Annual statistical returns and brief notes on vaccination in Bengal - 1896-1909
Year: 1896
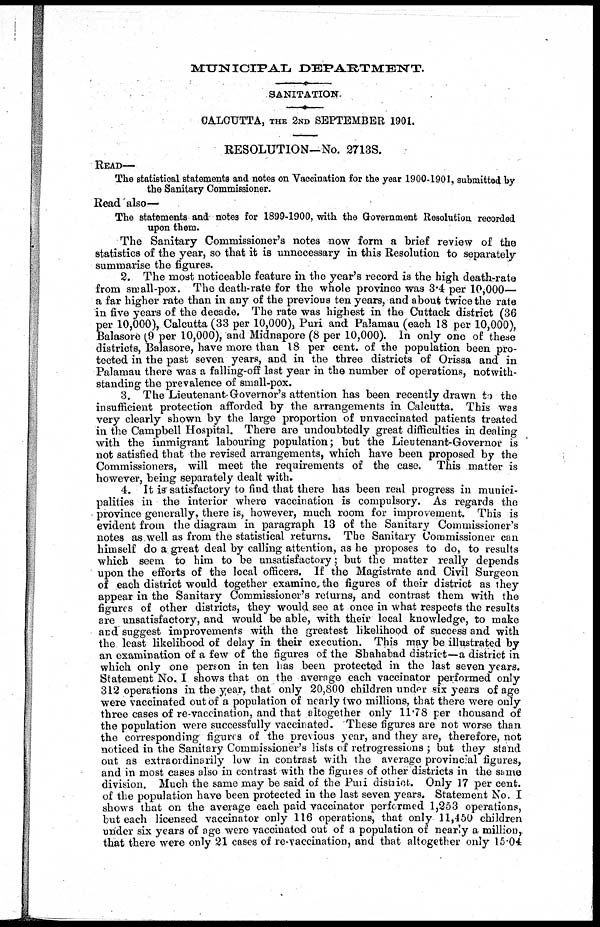
MUNICIPAL DEPARTMENT.
SANITATION.
CALCUTTA, THE 2ND SEPTEMBER 1901.
RESOLUTION—No. 2713S.
READ—
The statistical statements and notes on Vaccination for the year 1900-1901, submitted by
the Sanitary Commissioner.
Read also—
The statements and notes for 1899-1900, with the Government Resolution recorded
upon them.
The Sanitary Commissioner's notes now form a brief review of the
statistics of the year, so that it is unnecessary in this Resolution to separately
summarise the figures.
2. The most noticeable feature in the year's record is the high death-rate
from small-pox. The death-rate for the whole province was 3.4 per 10,000
a far higher rate than in any of the previous ten years, and about twice the rate
in five years of the decade. The rate was highest in the Cuttack district (36
per 10,000), Calcutta (33 per 10,000), Puri and Palamau (each 18 per 10,000),
Balasore (9 per 10,000), and Midnapore (8 per 10,000). In only one of these
districts, Balasore, have more than 18 per cent. of the population been pro-
tected in the past seven years, and in the three districts of Orissa and in
Palamau there was a falling-off last year in the number of operations, notwith-
standing the prevalence of small-pox.
3. The Lieutenant-Governor's attention has been recently drawn to the
insufficient protection afforded by the arrangements in Calcutta. This was
very clearly shown by the large proportion of unvaccinated patients treated
in the Campbell Hospital. There are undoubtedly great difficulties in dealing
with the immigrant labouring population; but the Lieutenant-Governor is
not satisfied that the revised arrangements, which have been proposed by the
Commissioners, will meet the requirements of the case. This matter is
however, being separately dealt with.
4. It is satisfactory to find that there has been real progress in munici-
palities in the interior where vaccination is compulsory. As regards the
province generally, there is, however, much room for improvement. This is
evident from the diagram in paragraph 13 of the Sanitary Commissioner's
notes as well as from the statistical returns. The Sanitary Commissioner can
himself do a great deal by calling attention, as he proposes to do, to results
which seem to him to be unsatisfactory; but the matter really depends
upon the efforts of the local officers. If the Magistrate and Civil Surgeon
of each district would together examine the figures of their district as they
appear in the Sanitary Commissioner's returns, and contrast them with the
figures of other districts, they would see at once in what respects the results
are unsatisfactory, and would be able, with their local knowledge, to make
and suggest improvements with the greatest likelihood of success and with
the least likelihood of delay in their execution. This may be illustrated by
an examination of a few of the figures of the Shahabad district—a district in
which only one person in ten has been protected in the last seven years.
Statement No. I shows that on the average each vaccinator performed only
312 operations in the year, that only 20,800 children under six years of age
were vaccinated out of a population of nearly two millions, that there were only
three cases of re-vaccination, and that altogether only 11.78 per thousand of
the population were successfully vaccinated. These figures are not worse than
the corresponding figures of the previous year, and they are, therefore, not
noticed in the Sanitary Commissioner's lists of retrogressions ; but they stand
out as extraordinarily low in contrast with the average provincial figures,
and in most cases also in contrast with the figures of other districts in the same
division. Much the same may be said of the Puri district. Only 17 per cent.
of the population have been protected in the last seven years. Statement No. I
shows that on the average each paid vaccinator performed 1,253 operations,
but each licensed vaccinator only 116 operations, that only 11,450 children
under six years of age were vaccinated out of a population of nearly a million,
that there were only 21 cases of re-vaccination, and that altogether only 15.04